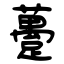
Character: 躉